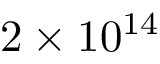
2 \times 1 0 ^ { 1 4 }